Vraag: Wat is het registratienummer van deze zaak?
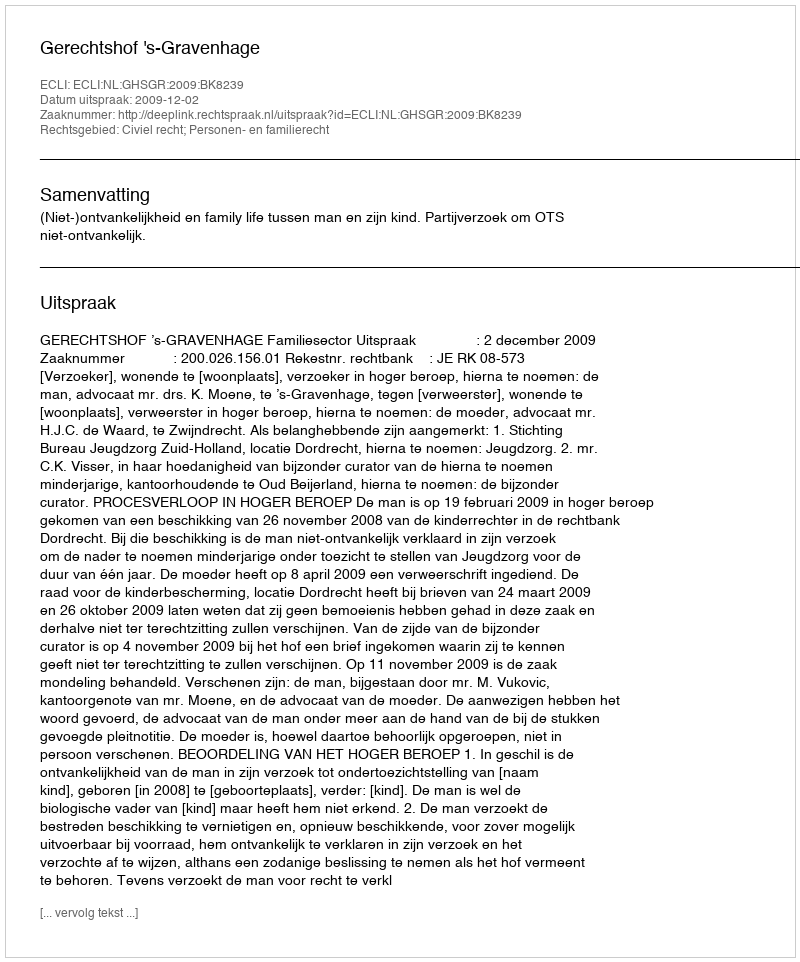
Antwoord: http://deeplink.rechtspraak.nl/uitspraak?id=ECLI:NL:GHSGR:2009:BK8239